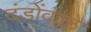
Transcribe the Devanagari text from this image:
दंडोंवाले